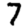
Digit: 7